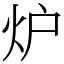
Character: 炉